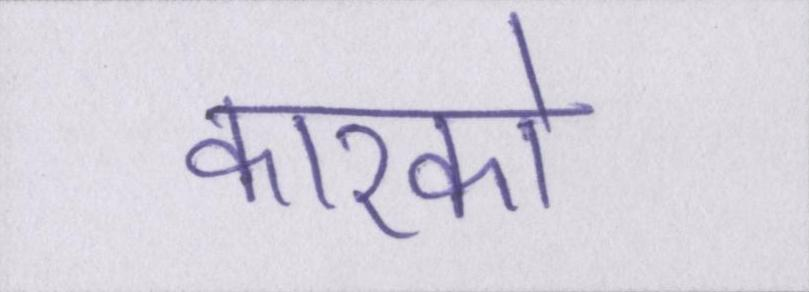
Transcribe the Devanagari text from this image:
कारको